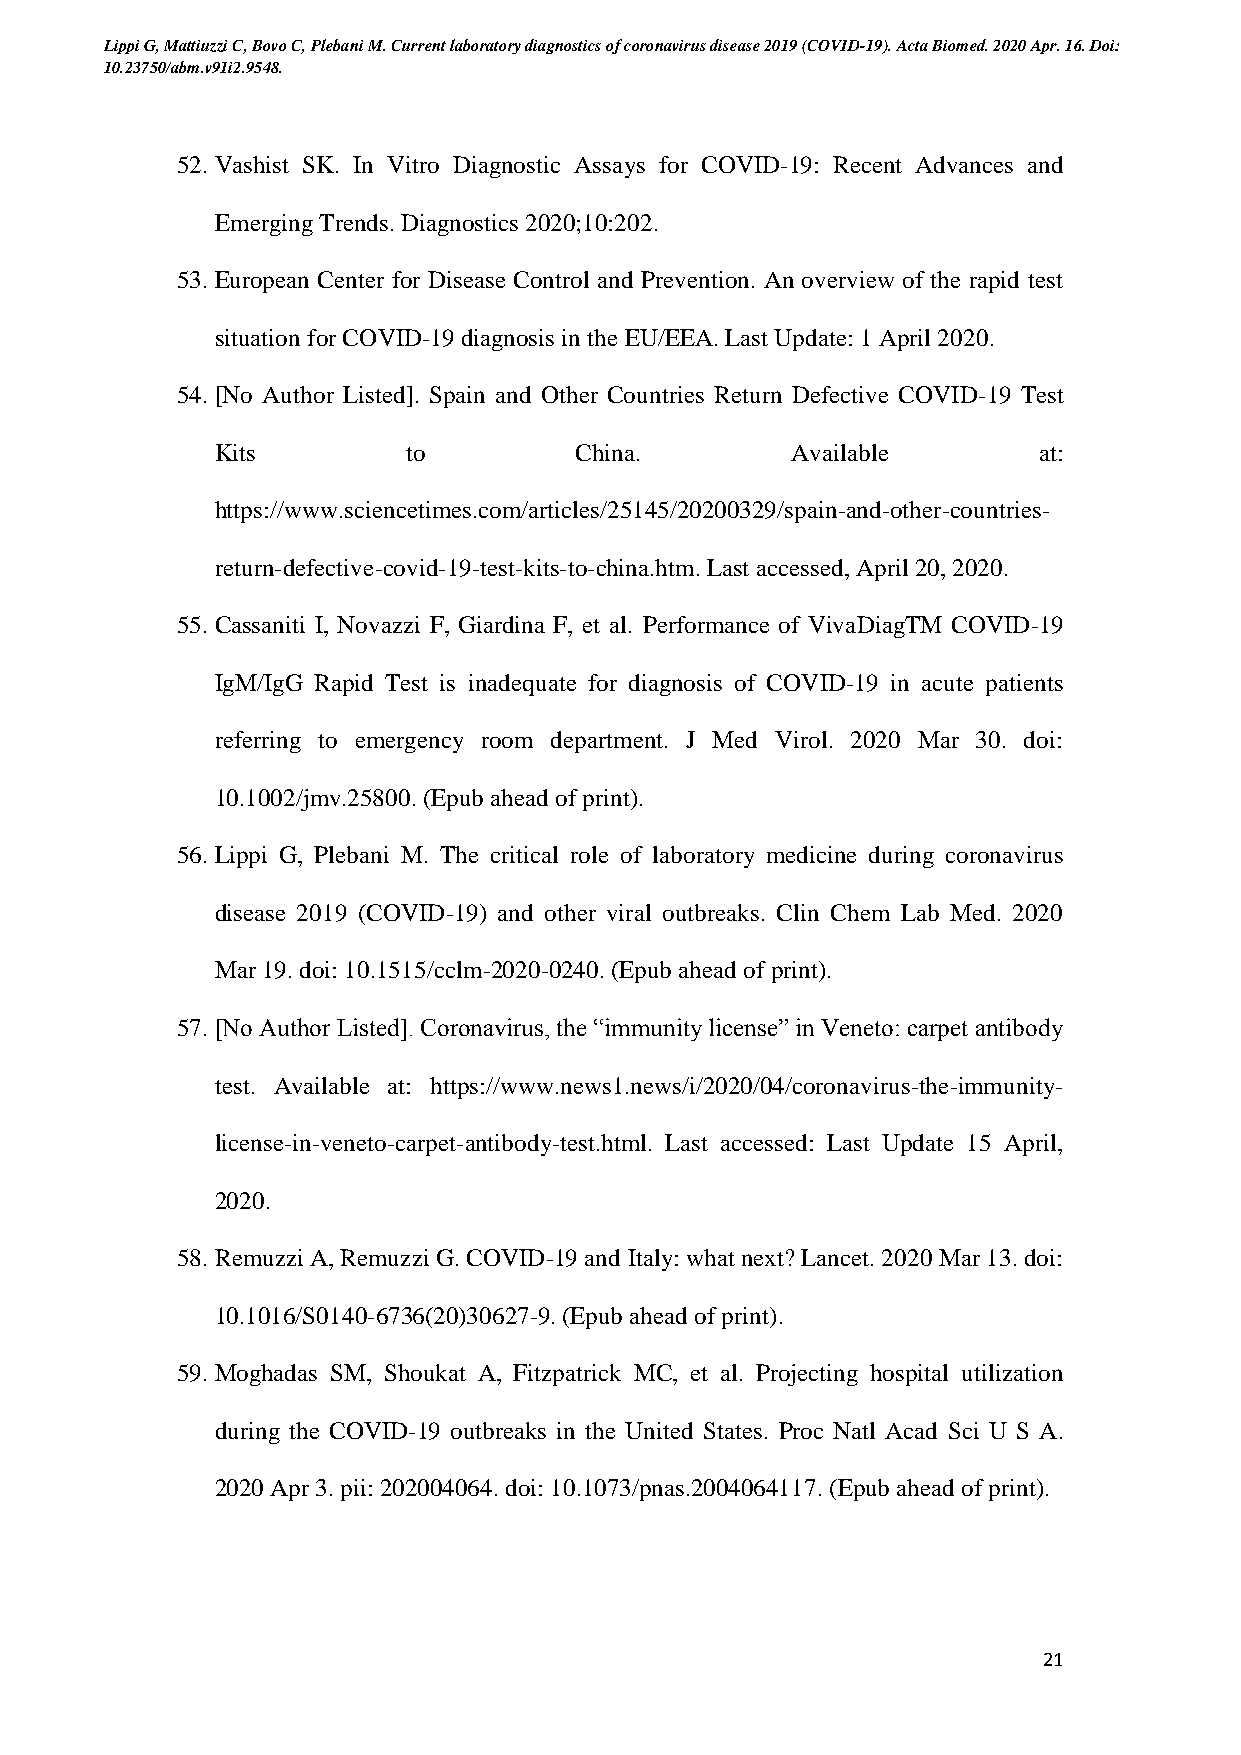
Lippi G, Mattiuzzi C, Bovo C, Plebani M. Current laboratory diagnostics of coronavirus disease 2019 (COVID-19). Acta Biomed. 2020 Apr. 16. Doi:
 10.23750/abm.v91i2.9548.
 52. Vashist SK. In Vitro Diagnostic Assays for COVID-19: Recent Advances and
 Emerging Trends. Diagnostics 2020;10:202.
 53. European Center for Disease Control and Prevention. An overview of the rapid test
 situation for COVID-19 diagnosis in the EU/EEA. Last Update: 1 April 2020.
 54. [No Author Listed]. Spain and Other Countries Return Defective COVID-19 Test
 Kits         to         China.        Available        at:
 https://www.sciencetimes.com/articles/25145/20200329/spain-and-other-countries-
 return-defective-covid-19-test-kits-to-china.htm. Last accessed, April 20, 2020.
 55. Cassaniti I, Novazzi F, Giardina F, et al. Performance of VivaDiagTM COVID-19
 IgM/IgG Rapid Test is inadequate for diagnosis of COVID-19 in acute patients
 referring to emergency room department. J Med Virol. 2020 Mar 30. doi:
 10.1002/jmv.25800. (Epub ahead of print).
 56. Lippi G, Plebani M. The critical role of laboratory medicine during coronavirus
 disease 2019 (COVID-19) and other viral outbreaks. Clin Chem Lab Med. 2020
 Mar 19. doi: 10.1515/cclm-2020-0240. (Epub ahead of print).
 57. [No Author Listed]. Coronavirus, the “immunity license” in Veneto: carpet antibody
 test. Available at: https://www.news1.news/i/2020/04/coronavirus-the-immunity-
 license-in-veneto-carpet-antibody-test.html. Last accessed: Last Update 15 April,
 2020.
 58. Remuzzi A, Remuzzi G. COVID-19 and Italy: what next? Lancet. 2020 Mar 13. doi:
 10.1016/S0140-6736(20)30627-9. (Epub ahead of print).
 59. Moghadas SM, Shoukat A, Fitzpatrick MC, et al. Projecting hospital utilization
 during the COVID-19 outbreaks in the United States. Proc Natl Acad Sci U S A.
 2020 Apr 3. pii: 202004064. doi: 10.1073/pnas.2004064117. (Epub ahead of print).
 21